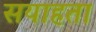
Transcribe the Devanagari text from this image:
सयाहता